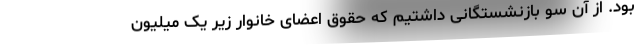
بود. از آن سو بازنشستگانی داشتیم که حقوق اعضای خانوار زیر یک میلیون